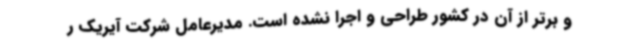
و برتر از آن در کشور طراحی و اجرا نشده است. مدیرعامل شرکت آیریک ر